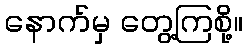
နောက်မှ တွေ့ကြစို့။